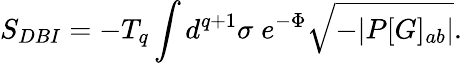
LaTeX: S_{DBI}=-T_{q}\int d^{q+1}\sigma\; e^{-\Phi}\sqrt{-|P[G]_{ab}|}.